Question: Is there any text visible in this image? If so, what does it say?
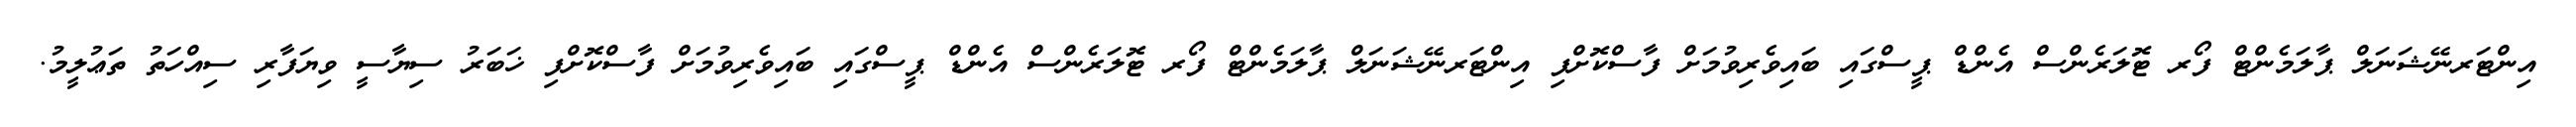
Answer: އިންޓަރނޭޝަނަލް ޕާލަމެންޓް ފޯރ ޓޮލަރެންސް އެންޑް ޕީސްގައި ބައިވެރިވުމަށް ފާސްކޮށްފި އިންޓަރނޭޝަނަލް ޕާލަމެންޓް ފޯރ ޓޮލަރެންސް އެންޑް ޕީސްގައި ބައިވެރިވުމަށް ފާސްކޮށްފި ޚަބަރު ސިޔާސީ ވިޔަފާރި ސިއްހަތު ތަޢުލީމު.